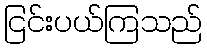
ငြင်းပယ်ကြသည်